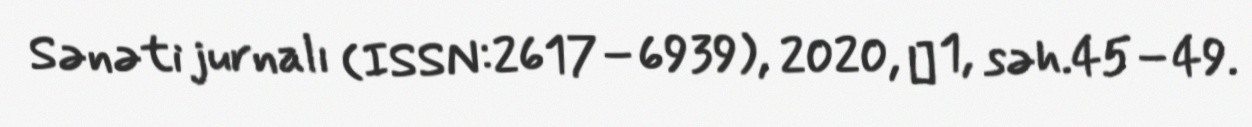
Sənəti jurnalı (ISSN:2617–6939), 2020, № 1, səh.45–49.